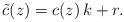
LaTeX: \begin{align*} \tilde{c}(z) = c(z)\,k+r.\end{align*}